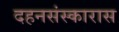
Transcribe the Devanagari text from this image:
दहनसंस्कारास